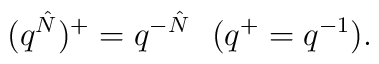
(q^{\hat N})^+=q^{-\hat N}\ \ (q^+=q^{-1}).